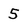
Character: 5